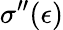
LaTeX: \sigma^{\prime\prime}(\epsilon)